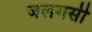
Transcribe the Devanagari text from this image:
जलमसी